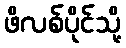
ဖိလစ်ပိုင်သို့